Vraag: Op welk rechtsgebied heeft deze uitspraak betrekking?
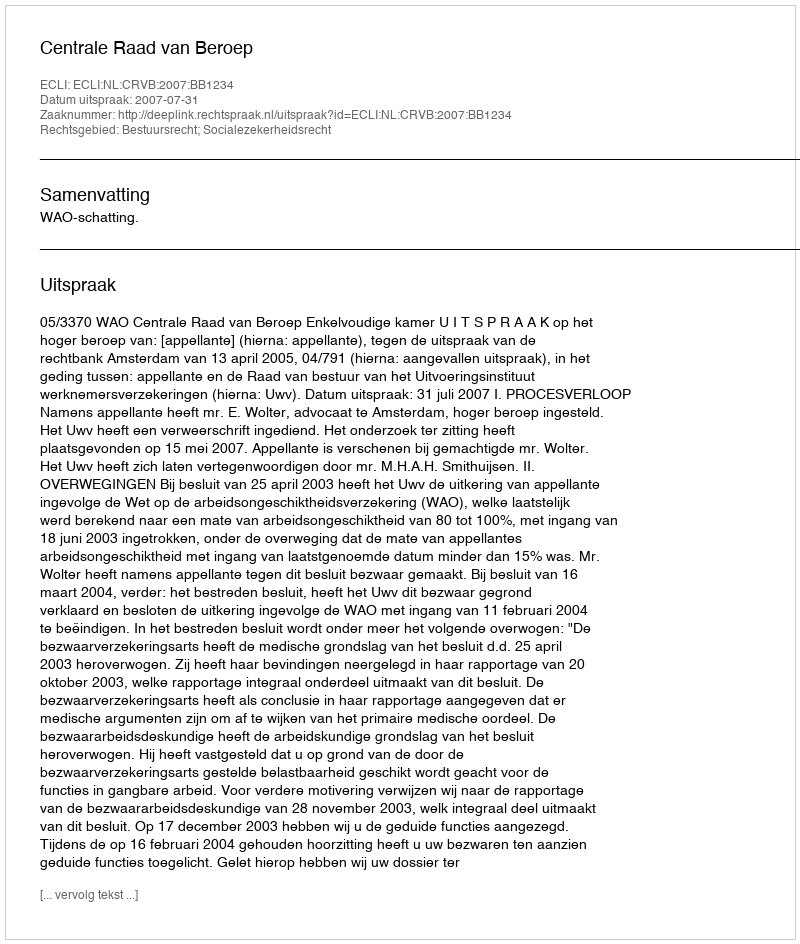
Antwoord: Bestuursrecht; Socialezekerheidsrecht